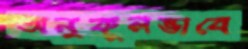
অনুকূলভাবে